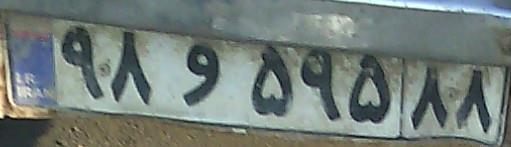
۹۸و۵۹۵۸۸